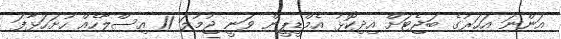
އަންނަ އަހަރުގެ ބަޖެޓަށް އިދިކޮޅު އެމްޑީޕީން ވަނީ ޖުމުލަ 11 އިސްލާހެއް ހުށަހަޅާފަ